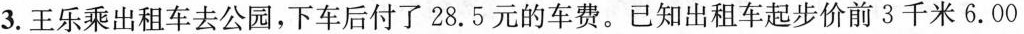
3.王乐乘出租车去公园，下车后付了28.5元的车费。已知出租车起步价前3千米6.00